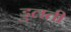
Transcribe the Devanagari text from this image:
डुलती